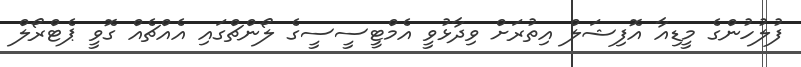
ފުލުހުންގެ މީޑިއާ އޮފިޝަލް އިތުރަށް ވިދާޅުވީ އެމްޓީސީސީގެ ލޯންޗްގައި އެއްޗެއް ގޮވީ ޕެޓްރޯލް